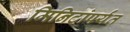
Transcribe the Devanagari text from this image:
मिनिटांपर्यंत